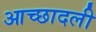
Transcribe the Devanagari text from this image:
आच्छादली